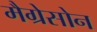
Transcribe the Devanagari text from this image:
मैग्रेसोन